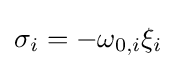
\sigma _{i}=-\omega _{0,i}\xi _{i}